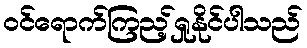
ဝင်ရောက်ကြည့်ရှုနိုင်ပါသည်